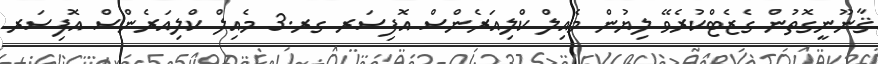
ޤާނޫނީގޮތުން ގެޒެޓްކުރެވޭ ލިޔުން މެއިލް ކްލިއަރެންސް އޮފިސަރ ގރ.3 މެއިލް ކްލިއަރެންސް އޮފިސަރ